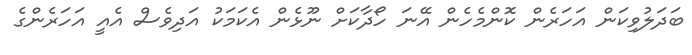
ބަދަލުވިކަން އަހަރެން ކޮންމެހެން އޭނަ ހޯދާކަށް ނޫޅެން އެކަމަކު އަދިވެސް އެއީ އަހަރެންގެ